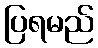
ပြရမည်